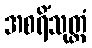
အစရိံသုတ္တံ